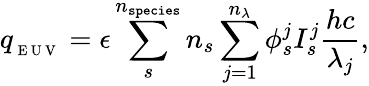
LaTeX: q_{_\mathrm{~E~U~V~}}=\epsilon\sum_{s}^{n_{\texttt{species}}}n_{s}\sum_{j=1}^{n_{\lambda}}\phi_{s}^{j}I_{s}^{j}\frac{hc}{\lambda_{j}},